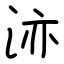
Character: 洂